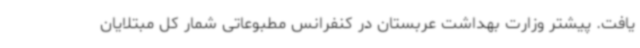
یافت. پیشتر وزارت بهداشت عربستان در کنفرانس مطبوعاتی شمار کل مبتلایان